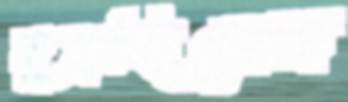
ছুব্‌লচ্ছিলেন